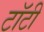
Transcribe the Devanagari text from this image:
टॉटी